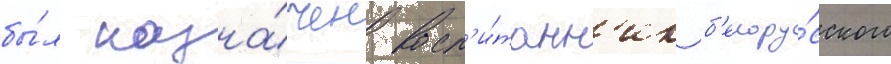
бы́л назна́чен восп'и́танн'ик б'елору́сского